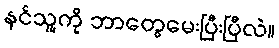
နင်သူ့ကို ဘာတွေမေးပြီးပြီလဲ။